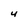
Character: 4